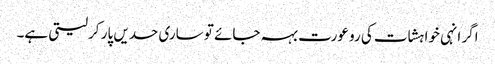
اگر انہی خواہشات کی رو عورت بہہ جائے تو ساری حدیں پار کرلیتی ہے۔